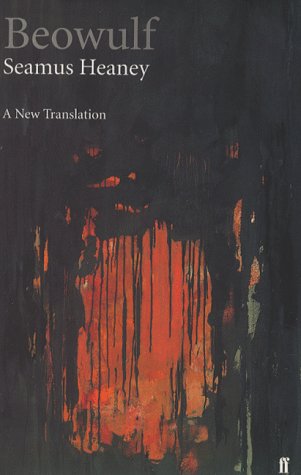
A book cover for Beowulf: A New Translation; Seamus Heaney; Literature & Fiction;